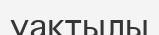
уақтылы